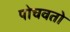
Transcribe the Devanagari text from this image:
पोचवतो